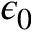
\epsilon _ { 0 }